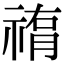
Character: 𥛂